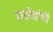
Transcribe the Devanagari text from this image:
राठोडांची